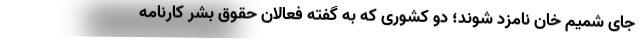
جای شمیم خان نامزد شوند؛ دو کشوری که به گفته فعالان حقوق بشر کارنامه